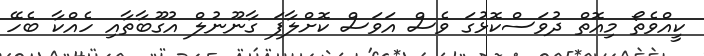
ކީއްވެތޯ މިއޮތް ދުވަސްކޮޅުގަ ވެސް އަވަސް ކޮށްލާފަ ގާނޫނުލް އުގޫބާތާއި ހެއްކާ ބެހޭ